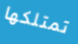
تمتلكها